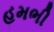
હમભી